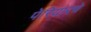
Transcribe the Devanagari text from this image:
पेरियारचे